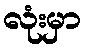
လုံးမှာ